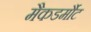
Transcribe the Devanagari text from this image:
मैकडर्मौट